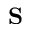
\mathbf { S }